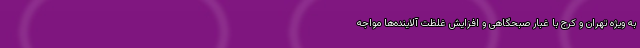
به ویژه تهران و کرج با غبار صبحگاهی و افزایش غلظت آلاینده‌ها مواجه